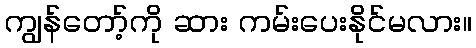
ကျွန်တော့်ကို ဆား ကမ်းပေးနိုင်မလား။